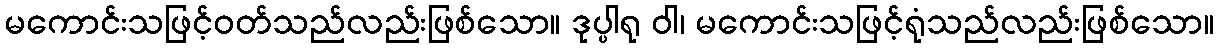
မကောင်းသဖြင့်ဝတ်သည်လည်းဖြစ်သော။ ဒုပ္ပါရု ဝါ၊ မကောင်းသဖြင့်ရုံသည်လည်းဖြစ်သော။